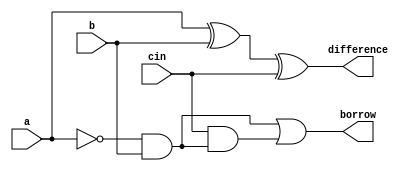
//Full Subtractor Design

module Full_Subtractor(
input a, b, cin,
output difference, borrow
    );
    assign difference = a^b^cin;
    assign borrow = (~a&b)|(cin&(~a&b));
endmodule